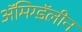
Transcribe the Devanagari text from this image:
ॲमिग्डॅलीन